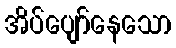
အိပ်ပျော်နေသော